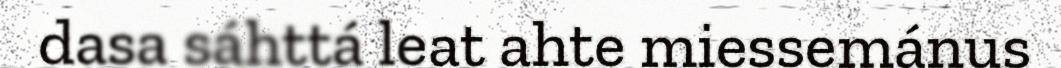
dasa sáhttá leat ahte miessemánus